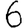
Digit: 6